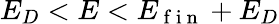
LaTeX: E_{D}<E<E_{\mathrm{~f~i~n~}}+E_{D}